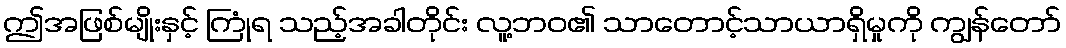
ဤအဖြစ်မျိုးနှင့် ကြုံရ သည့်အခါတိုင်း လူ့ဘဝ၏ သာတောင့်သာယာရှိမှုကို ကျွန်တော်